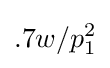
.7w/p_{1}^{2}